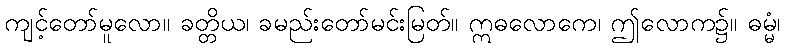
ကျင့်တော်မူလော။ ခတ္တိယ၊ ခမည်းတော်မင်းမြတ်။ ဣဓလောကေ၊ ဤလောက၌။ ဓမ္မံ၊